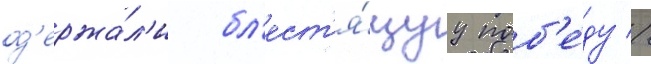
од'ержа́л'и бл'ест'я́щуу поб'е́ду //